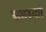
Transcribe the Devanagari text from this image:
समस्याो